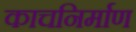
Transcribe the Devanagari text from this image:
काचनिर्माण